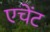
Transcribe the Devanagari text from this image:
एचेंट